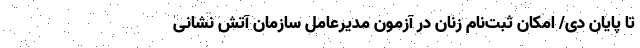
تا پایان دی/ امکان ثبت‌نام زنان در آزمون مدیرعامل سازمان آتش نشانی